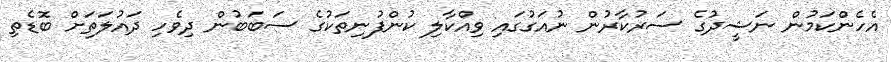
އެހެންކަމުން ނަޝީދުގެ ސަރުކާރުން ނުއަގުގައި ވިއްކާލި ކުންފުނިތަކުގެ ސަބަބުން ދިވެހި ދައުލަތަށް ބޮޑެތި